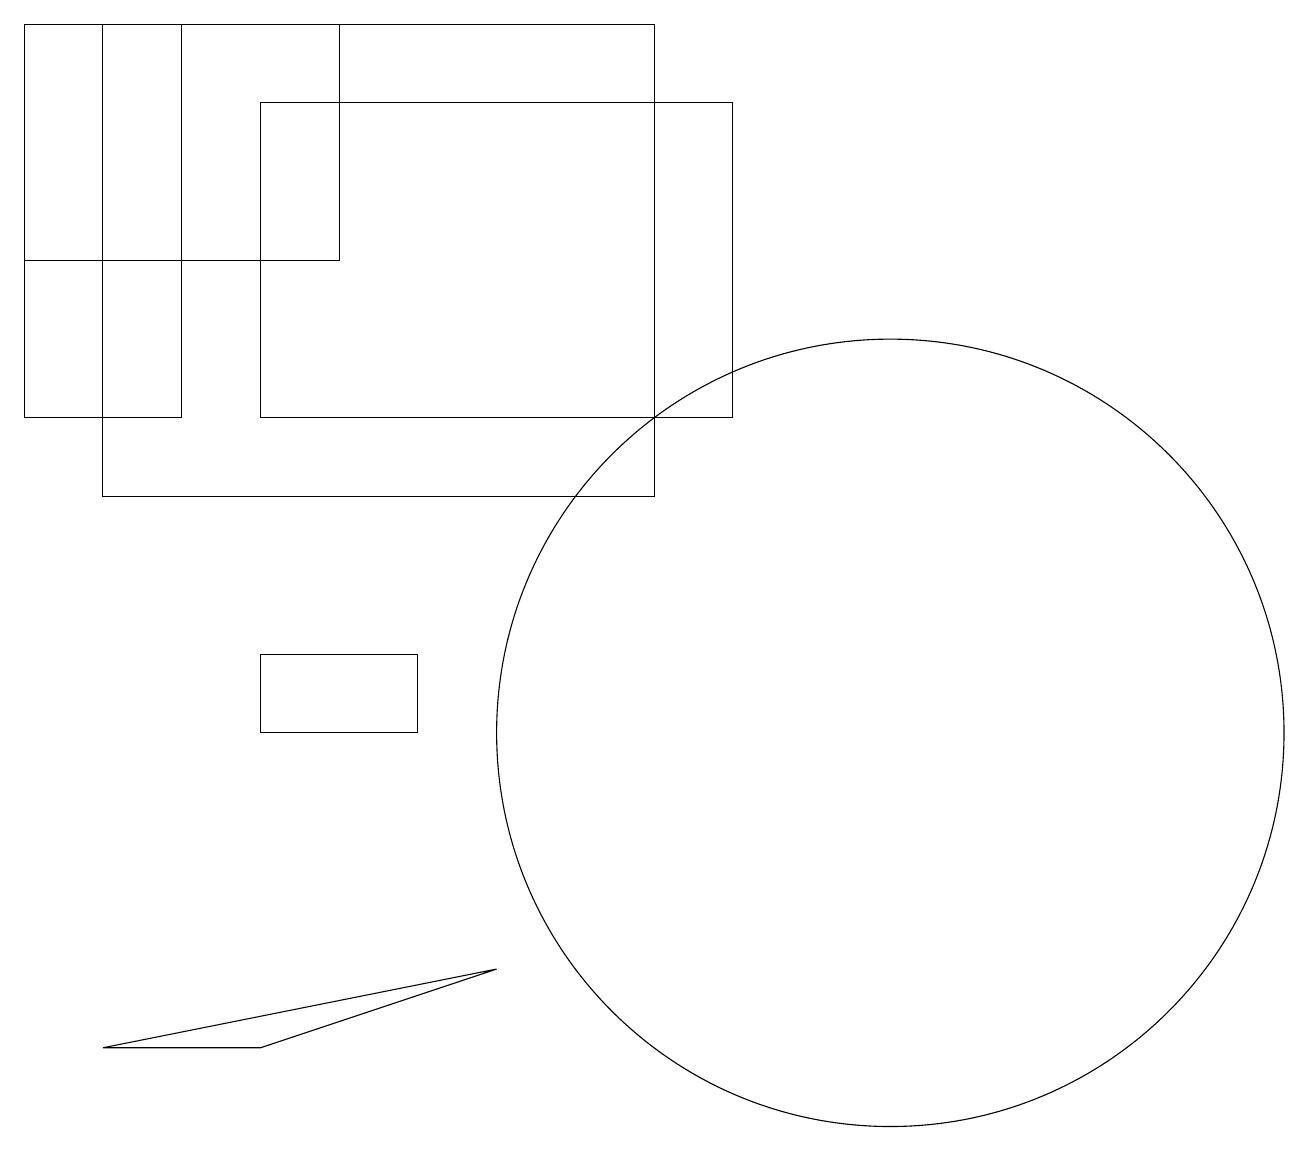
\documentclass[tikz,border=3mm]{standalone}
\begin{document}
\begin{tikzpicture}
\draw (3,11) rectangle (5,10);
\draw (1,6) -- (3,6) -- (6,7) -- cycle;
\draw (0,19) rectangle (2,14);
\draw (3,18) rectangle (9,14);
\draw (0,16) rectangle (4,19);
\draw (1,13) rectangle (8,19);
\draw (11,10) circle (5);
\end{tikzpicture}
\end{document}